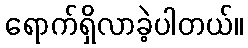
ရောက်ရှိလာခဲ့ပါတယ်။